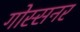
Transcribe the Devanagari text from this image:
गोस्सनर